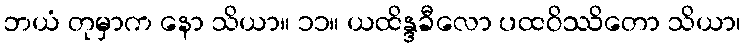
ဘယံ တုမှာက နော သိယာ။ ၁၁။ ယထိန္ဒခီလော ပထဝိဿိတော သိယာ၊